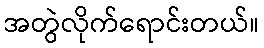
အတွဲလိုက်ရောင်းတယ်။